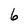
Character: 6